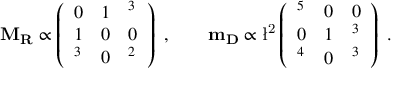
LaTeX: \bf M _ { R } \propto \left( \begin{array} { l l l } { { 0 } } & { { 1 } } & { { \l ^ { 3 } } } \\ { { 1 } } & { { 0 } } & { { 0 } } \\ { { \l ^ { 3 } } } & { { 0 } } & { { \l ^ { 2 } } } \end{array} \right) \ , \qquad \bf m _ { D } \propto \mathrm { \l ^ { 2 } } \left( \begin{array} { l l l } { { \l ^ { 5 } } } & { { 0 } } & { { 0 } } \\ { { 0 } } & { { 1 } } & { { \l ^ { 3 } } } \\ { { \l ^ { 4 } } } & { { 0 } } & { { \l ^ { 3 } } } \end{array} \right) \ .